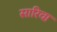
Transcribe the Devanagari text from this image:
सारिवा